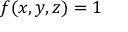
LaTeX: f ( x , y , z ) = 1